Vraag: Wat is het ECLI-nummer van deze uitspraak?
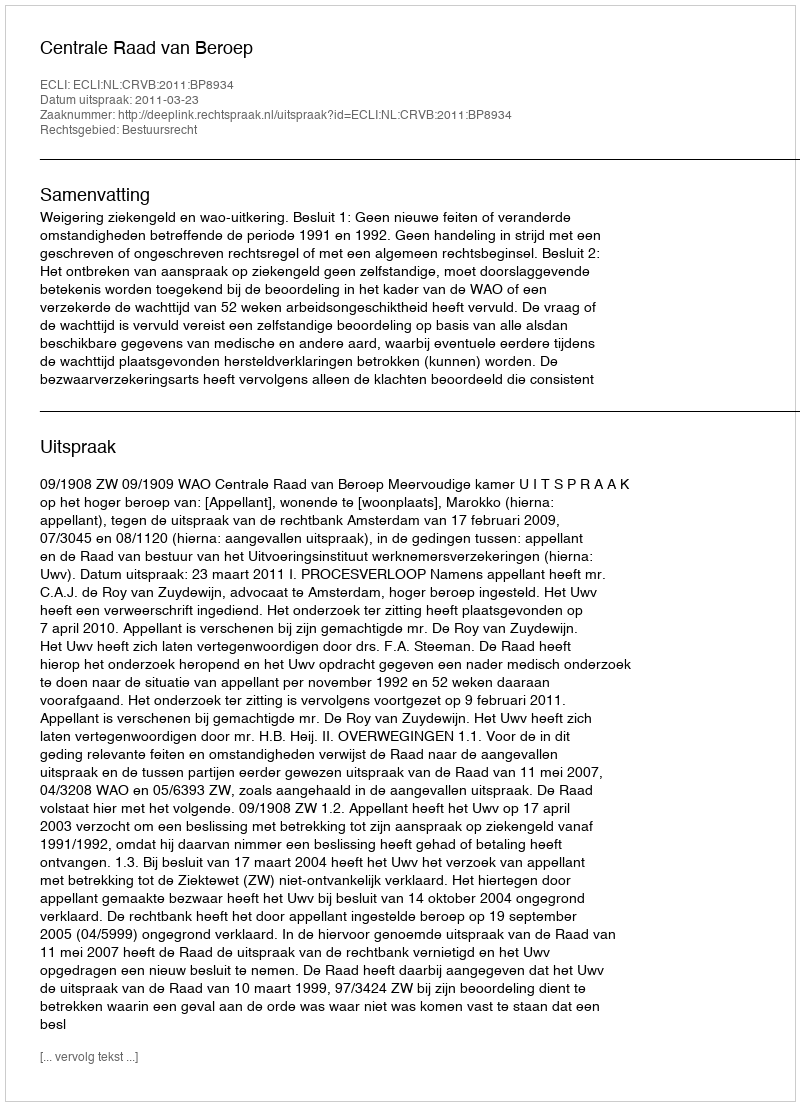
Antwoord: ECLI:NL:CRVB:2011:BP8934